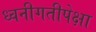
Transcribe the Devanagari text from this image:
ध्वनीगतीपेक्षा